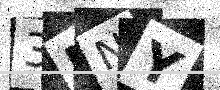
Text: 3KNY